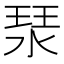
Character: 𤦗